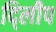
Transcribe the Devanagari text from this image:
दि्लीप